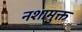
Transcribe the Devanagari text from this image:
नशामुक्त